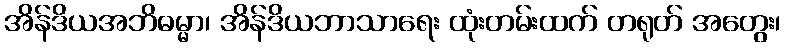
အိန်ဒိယအဘိဓမ္မာ၊ အိန်ဒိယဘာသာရေး ထုံးတမ်းထက် တရုတ် အတွေး၊